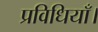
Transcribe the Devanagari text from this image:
प्रविधियाँ।